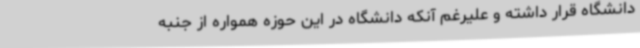
دانشگاه قرار داشته و علیرغم آنکه دانشگاه در این حوزه همواره از جنبه